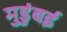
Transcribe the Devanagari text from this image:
मुडुंबई